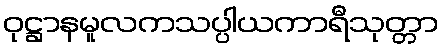
ဝုဋ္ဌာနမူလကသပ္ပါယကာရီသုတ္တာ